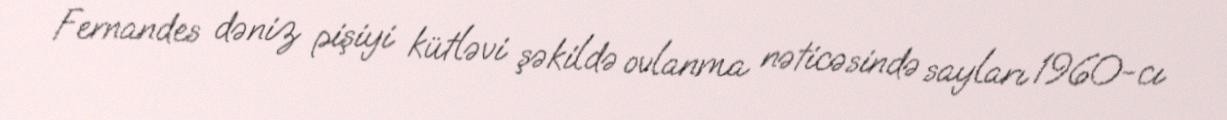
Fernandes dəniz pişiyi kütləvi şəkildə ovlanma nəticəsində sayları 1960-cı